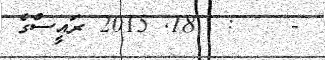
-    :  18